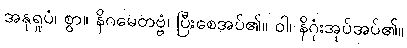
အနုရူပံ၊ စွာ။ နိဂမေတဗ္ဗံ၊ ပြီးစေအပ်၏။ ဝါ၊ နိဂုံးအုပ်အပ်၏။